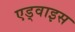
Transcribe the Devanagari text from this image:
एड्वाइस